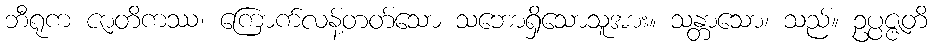
ဘီရုက ဇာတိကဿ၊ ကြောက်လန့်တတ်သော သဘောရှိသောသူအား။ သန္တာသော၊ သည်။ ဥပ္ပဇ္ဇတိ